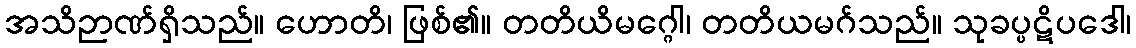
အသိဉာဏ်ရှိသည်။ ဟောတိ၊ ဖြစ်၏။ တတိယိမဂ္ဂေါ၊ တတိယမဂ်သည်။ သုခပ္ပဋိပဒေါ၊